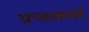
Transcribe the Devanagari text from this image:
प्राप्ताकर्ता